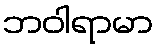
ဘဝါရာမာ